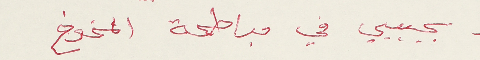
بجيبي في مباطحة المخوخ